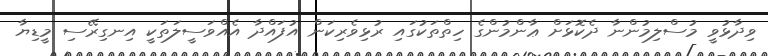
ވިދާޅުވީ މުސްލިމުންނާ ދެކޮޅަށް ޢާންމުންގެ ހިތްތަކުގައި ރުޅިވެރިކަން އުފައްދާ އެއްވަސީލަތަކީ އިނގިރޭސި މީޑިޔާ